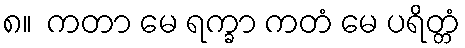
၈။  ကတာ မေ ရက္ခာ ကတံ မေ ပရိတ္တံ